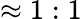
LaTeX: \approx 1:1